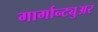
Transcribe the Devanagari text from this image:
गार्गान्ट्युअर